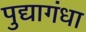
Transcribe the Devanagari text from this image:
पुद्यागंधा